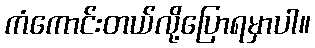
ကံကောင်းတယ်လို့ပြောရမှာပါ။